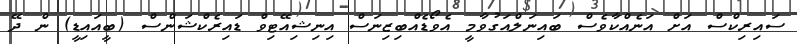
ސައިރިކްސް އަށް އަނެއްކާވެސް ބައިނަލްއަގުވާމީ އެވޯޑެއްބިޒިނަސް އިނިޝިއޭޓިވް ޑައިރެކްޝަންސް (ބީއައިޑީ) ން ދޭ